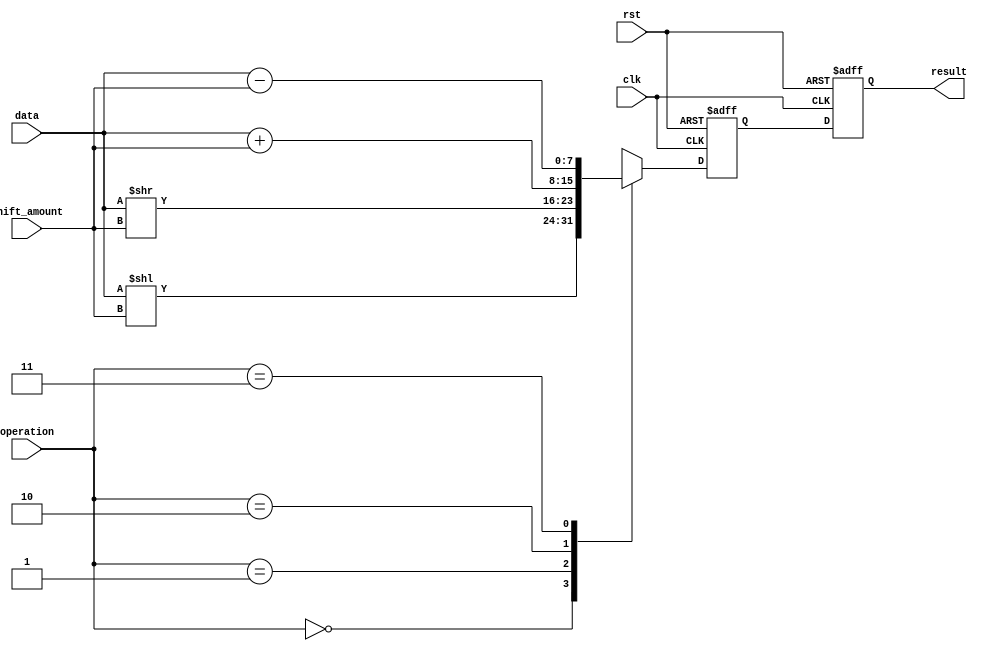
module Circular_Shifter(
  input wire clk,
  input wire rst,
  input wire [7:0] data,
  input wire [2:0] shift_amount,
  input wire [1:0] operation,
  output reg [7:0] result
);

reg [7:0] shifted_data;

always @(posedge clk or posedge rst) begin
  if (rst) begin
    shifted_data <= 8'd0;
    result <= 8'd0;
  end else begin
    case(operation)
      2'b00: shifted_data <= data << shift_amount;
      2'b01: shifted_data <= data >> shift_amount;
      2'b10: shifted_data <= data + shift_amount;
      2'b11: shifted_data <= data - shift_amount;  
    endcase

    result <= shifted_data;
  end
end

endmodule